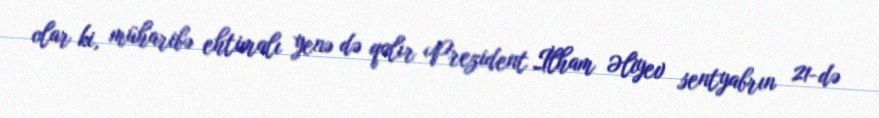
olar ki, müharibə ehtimalı yenə də qalır Prezident İlham Əliyev sentyabrın 21-də